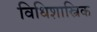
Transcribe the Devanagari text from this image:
विधिशास्त्रिक